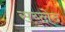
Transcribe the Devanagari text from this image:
सय्लेद